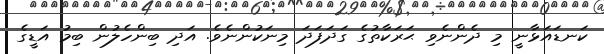
ކަނޑައަޅާނީ މި ދެންނެވި ޙަރަކާތުގެ ގަދަފަދަ މިނަކުންނެވެ. އަދި ބިންހެލުން ބިމު އަޑީގެ